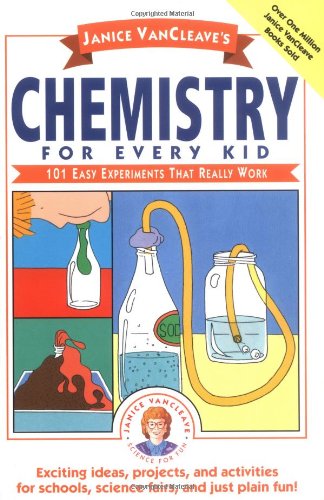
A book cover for Janice VanCleave's Chemistry for Every Kid: 101 Easy Experiments that Really Work; Janice VanCleave; Children's Books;